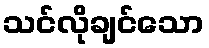
သင်လိုချင်သော